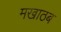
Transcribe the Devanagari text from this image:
मखाठब